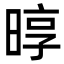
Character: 㬀